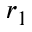
r _ { 1 }